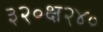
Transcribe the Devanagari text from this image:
३२०क्ष२४०